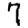
Digit: 7